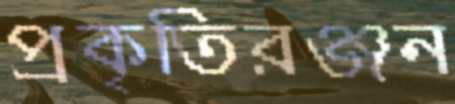
প্রকৃতিরঞ্জন